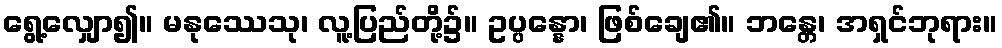
ရွေ့လျှော၍။ မနုဿေသု၊ လူ့ပြည်တို့၌။ ဥပ္ပန္နော၊ ဖြစ်ချေ၏။ ဘန္တေ၊ အရှင်ဘုရား။